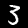
Digit: 3